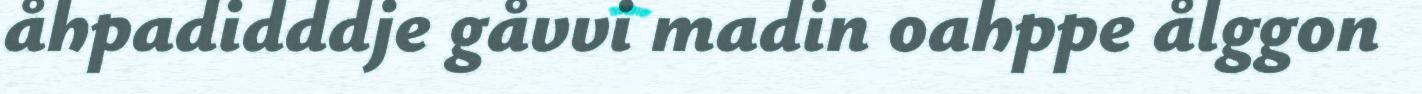
åhpadidddje gåvvi madin oahppe ålggon